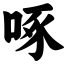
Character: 啄